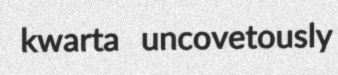
kwarta uncovetously